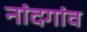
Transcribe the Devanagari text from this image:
नांदगांव